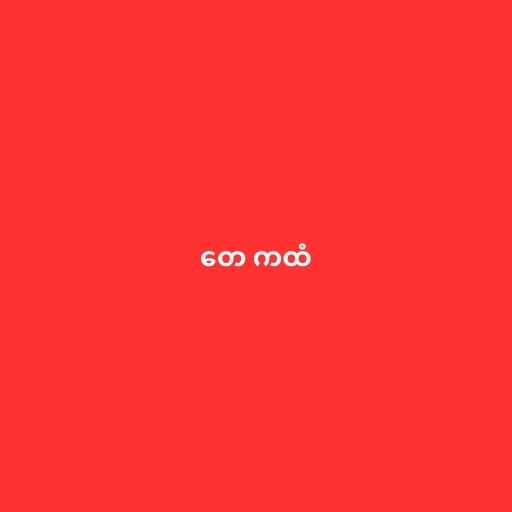
တေ ကထံ